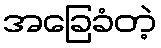
အခြေခံတဲ့